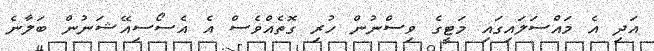
އަދި އެ މައްސަލައިގައި މަޓީގެ ވިސްނުން ހުރި ގޮތެއްވެސް އެ އެސޯސިއޭޝަނުން ބަލާނެ